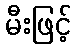
မီးဖြင့်